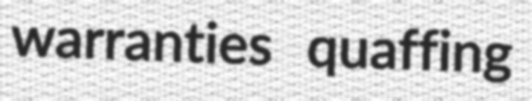
warranties quaffing